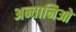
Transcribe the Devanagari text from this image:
अन्तानिओ